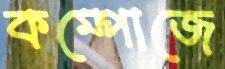
কম্পোজে